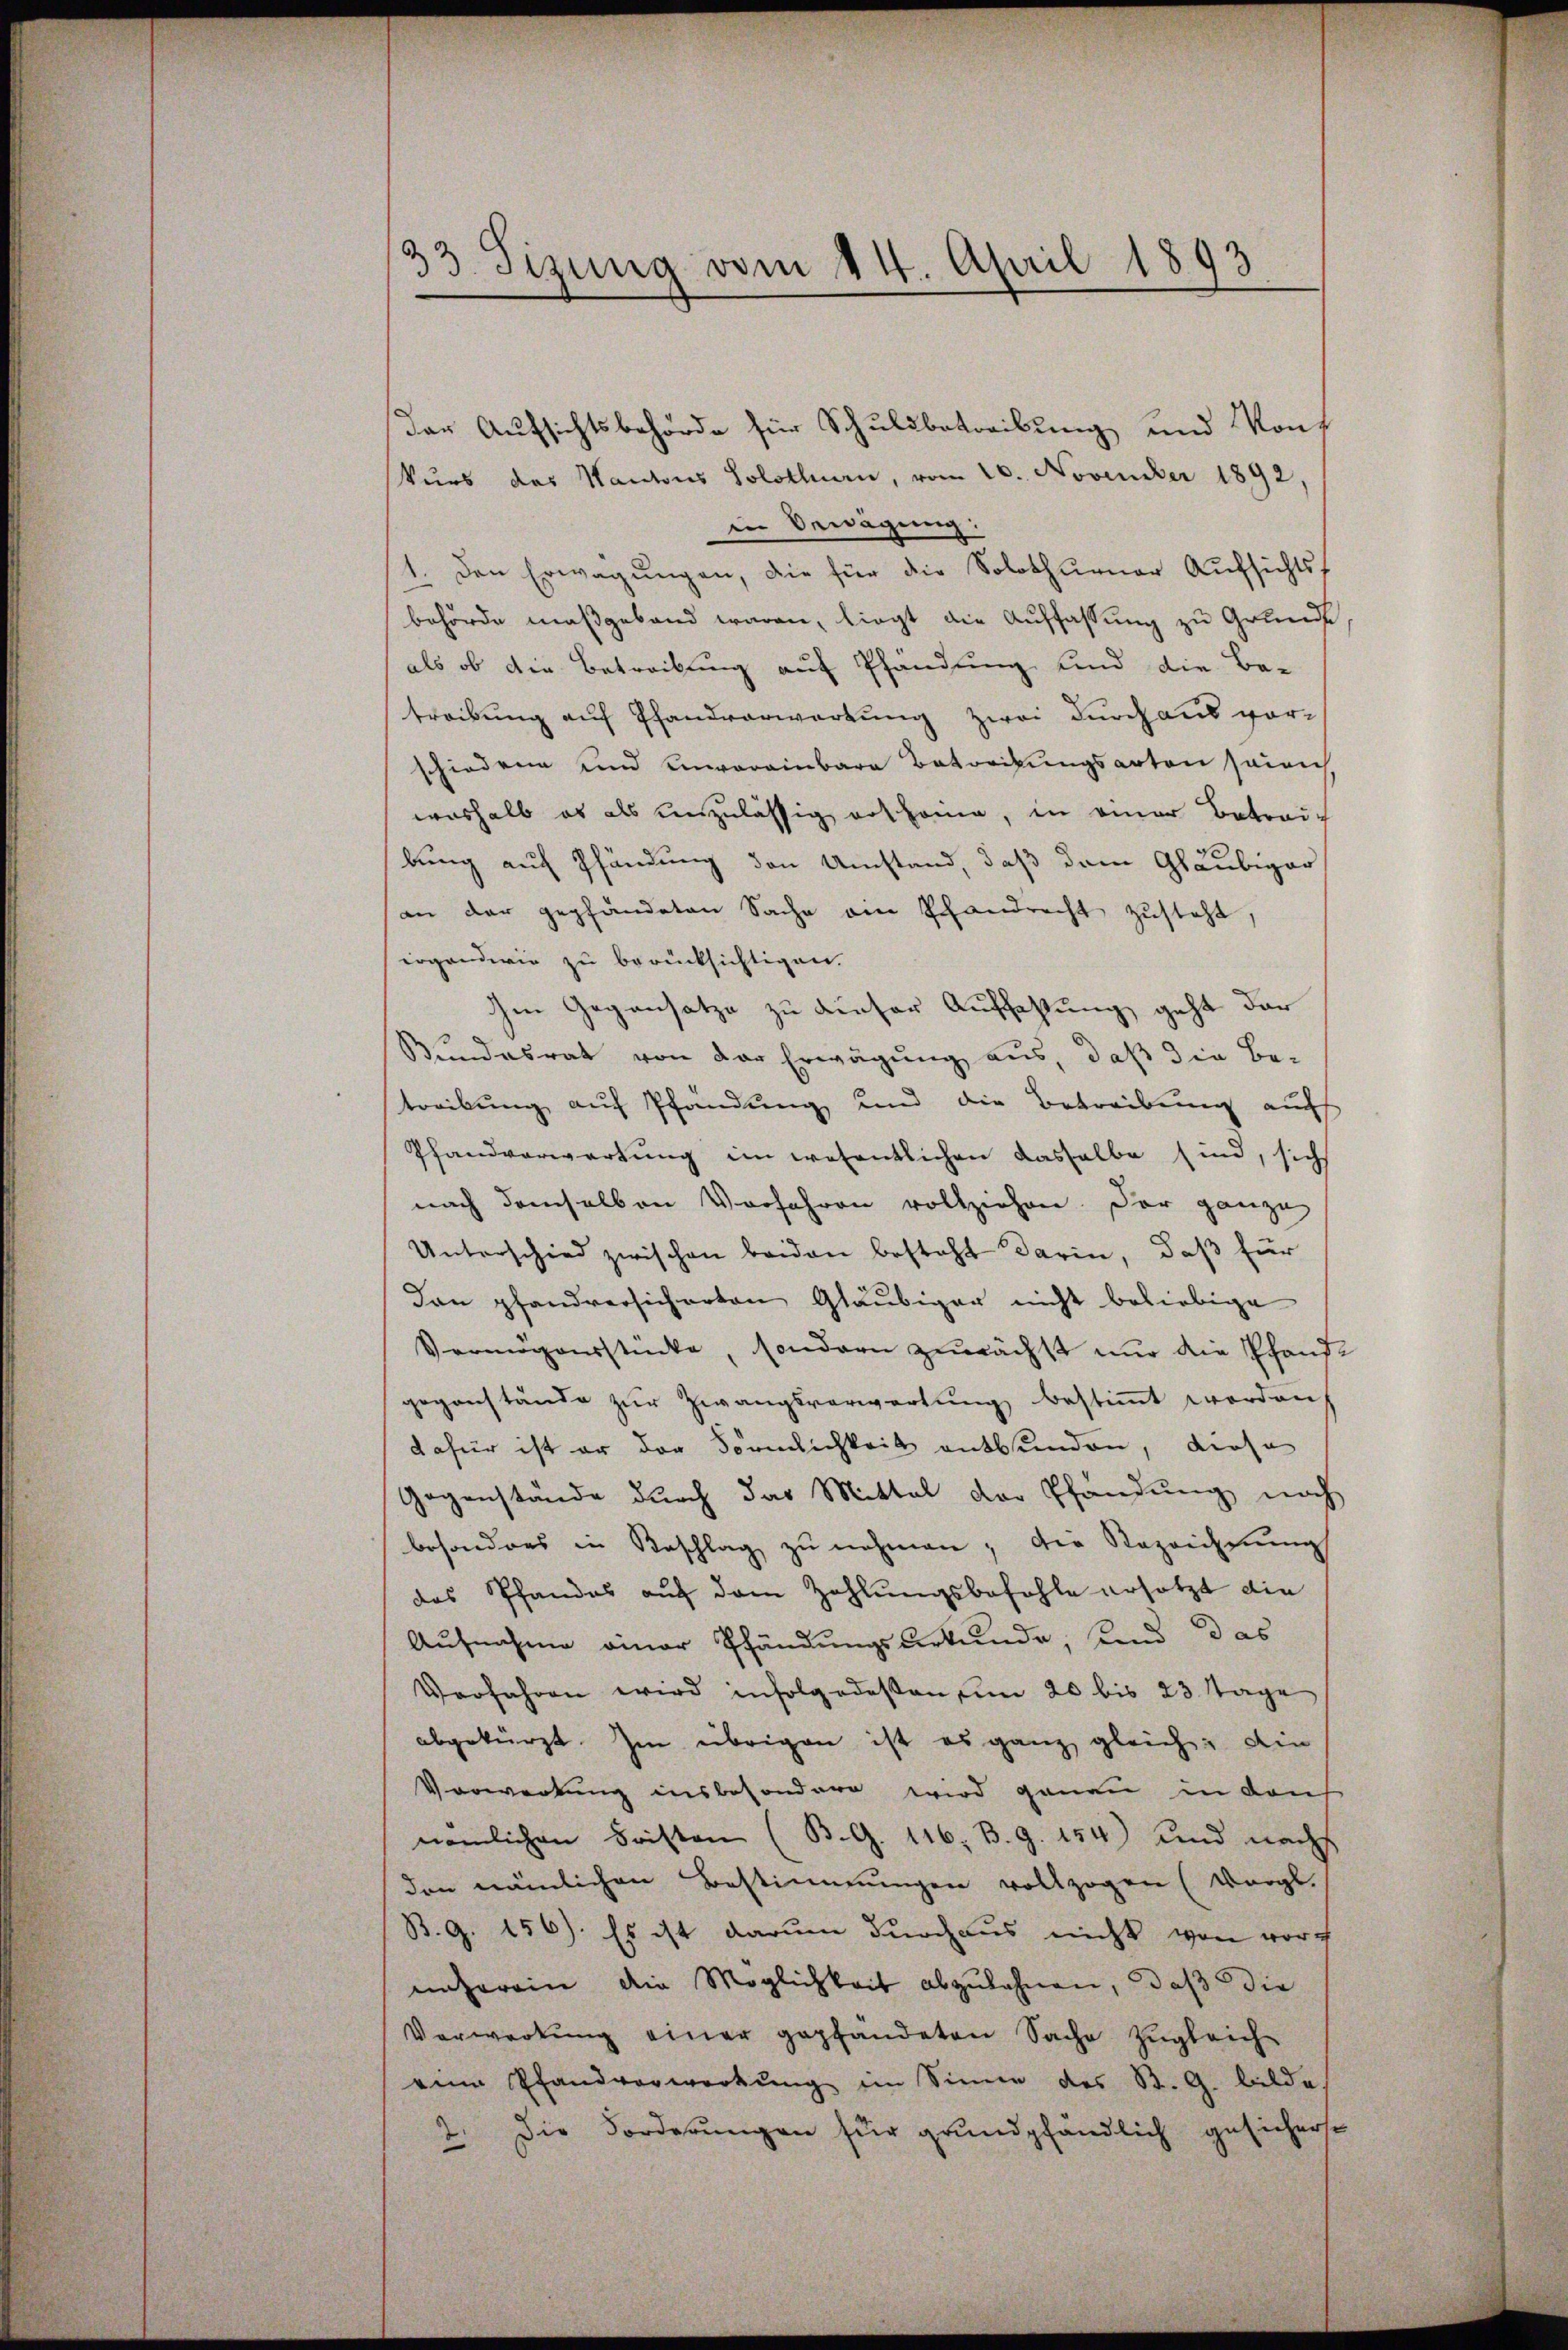
33. Sizung vom 14. April 1893

kurs das Kantons Solothurn, vom 20. November 1892,
in Bewägung:
1. Den Erwägungen, die für die Solothurner Aufsichtsbehörde maßgeband waren, liegt die Auffassung zu Grunds
als ob die Betreibung auf Pfändung und die Be-
treibung auf Pfandvorwartung zwei durchaus vorschiedene und einvereinbara Botoribungsarten seinich
weshalb es als unzulässig erscheine, in einer Betrauc
bung auf Pfändung den Umstand, daß dem Gläubiger
an der gepfändeten Sache ein Pfandrecht zusteht,
irgendwie zu berücksichtigen.
Im Gegensatze zu dieser Auffassung geht der
Bundesrat von der Erwägung aus, daß die Be-
treibung auf Pfändung und die Betreibung auch
Pfandverwartung im wesentlichen dasselbe sind, sich
nach demselben Vorfahren vollziehen. Der ganze
Unterschied zwischen beiden besteht darin, daß für
Dan pfandversicherten Gläubiger nicht beliebige
Vermögensstücke, sondern zunächst nur die Pfand-
gegenstände zur Zwangsverwartung bestimmt worden,
dafür ist er der Förmlichkeit entbunden, diese
Gegenstände durch das Mittel der Pfändung noch
besonders in Beschlag zŭ nehmen, die Rezeichnung
das Pfandes auf dem Zahlungsbefohle ersetzt die
Aufnahme einer Pfändungsurkunde, sind das
Verfahren wird infolgedessen um 20 bis 23 Tage
abgekürzt. Im übrigen ist es ganz gleich die
Verwerkung insbesondere wird genau in dans
nämlichen Fristen (B. G. 116. B. G. 154) und nachs
den nämlichen Bestimmungen vollzogen (Vergl.
B. G. 156). Es ist darum durchaus nicht von vor
näherein die Möglichkeit abzulehnen, daß die
Verwerkŭng einer gepfändeten Sache zugleich-
eine Pfandverwerkŭng im Sinne des St. G. bilde
2. Die Forderungen für grundpfändlich gesicherte

der Aufsichtsbehörde für Schuldbetreibung und Konf